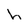
Character: h